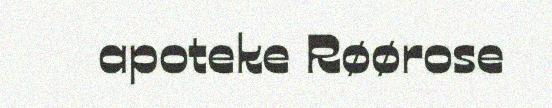
apoteke Røørose